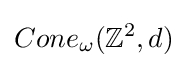
Cone_{\omega }(\mathbb {Z} ^{2},d)